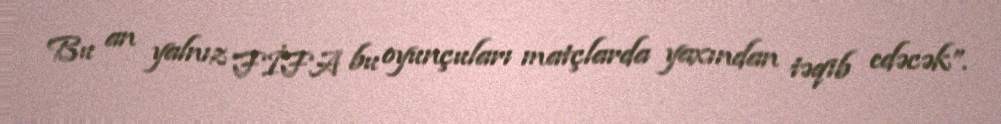
Bu an yalnız FİFA bu oyunçuları matçlarda yaxından təqib edəcək”.